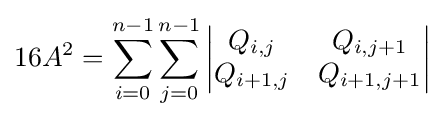
16A^{2}=\sum _{i=0}^{n-1}\sum _{j=0}^{n-1}{\begin{vmatrix}Q_{i,j}&Q_{i,j+1}\\Q_{i+1,j}&Q_{i+1,j+1}\end{vmatrix}}